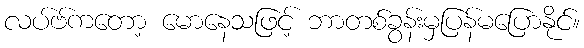
လပ်ဗ်ကတော့ မောနေသဖြင့် ဘာတစ်ခွန်းမှပြန်မပြောနိုင်။